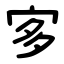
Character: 㝖